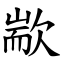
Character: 歂